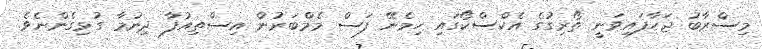
މިސްރާބު ޖަހާފައިވަނީ ތޯރިގުގެ އެކްސްކޯގައި ހިމެނޭ ފަސް މެމްބަރުން އިސްތިއުފާ ދިނުމާ ގުޅިގެންނެވެ.